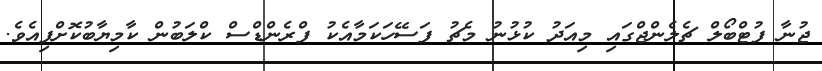
ޖުނާ ފުޓްބޯލް ޗެލެންޖްގައި މިއަދު ކުޅުނު މެޗު ފަސޭހަކަމާއެކު ފްރެންޑްސް ކްލަބުން ކާމިޔާބުކޮށްފިއެވެ.